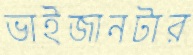
ভাইজানটার